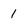
Character: 1